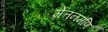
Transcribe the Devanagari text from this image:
मेत्तनमणि